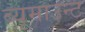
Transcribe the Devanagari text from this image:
ब्यूमाउन्ट